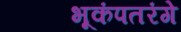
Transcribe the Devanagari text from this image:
भूकंपतरंगे